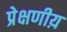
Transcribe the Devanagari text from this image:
प्रेक्षणीय़